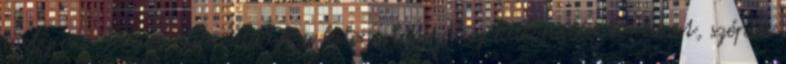
mely pontokon kapcsolódik a kilenc látszólag különálló történet, szépen